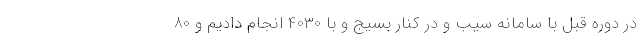
در دوره قبل با سامانه سیب و در کنار بسیج و با 4030 انجام دادیم و 80